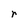
Character: r